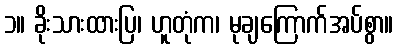
၁။ ခိုးသားထားပြ၊ ဟူတုံက၊ မုချကြောက်အပ်စွာ။